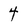
Character: 4